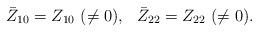
LaTeX: \begin{align*}\bar Z_{10}=Z_{10}~(\neq 0),~~ \bar Z_{22}=Z_{22} ~(\neq 0).\end{align*}